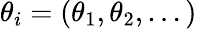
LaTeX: \theta_{i}=(\theta_{1},\theta_{2},...)